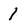
Character: 1